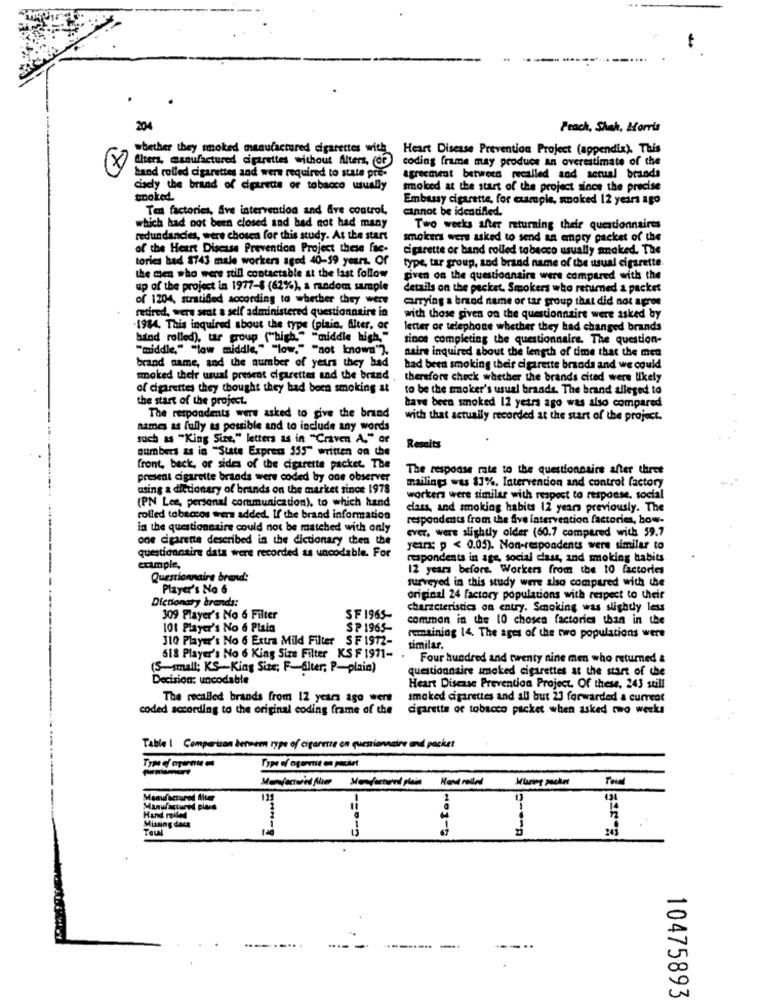
Peach, Shah, Morris
whether they smoked manufactured cigarettes with
Heart Disease Prevention Project (appendix). This
coding frame may produce an overestimate of the
x filters, manufactured ciparviles without filters, (or)
hand rolled cigarettes and were required to state pre-
agreement between recalled and actual brands
cisely the brand of cigarette of tobacco usually
smoked at the start of the project since the precise
smoked.
Embassy cigarette, for example, smoked 12 years ago
Ten factories, five intervention and Are control,
cannot be identified.
which had not been closed and bad not had many
Two weeks after returning their questionnaires
redundancies, were chosen for this study. At the start
smokers were asked to send an empty packet of the
of the Heart Disease Prevention Project these fue.
cigarette or band rolled tobacco usually smoked. The
tories had 8743 male workers aged 40-59 years. Of
type, tar group, sod brand name of the usual cigarette.
the men who were still contactable at the last follow
given on the questionnaire were compared with the
up of the project in 1977-6 (62%), a random sample
details on the packet. Smokers who returned a packet
of 1204, stratified according to whether they were
carrying a brand name or tar group that did not agree
retired, were sent a self administered questionnaire in
with those given on the questionnaire were asked by
.1984. This inquired about the type (plain, Alter, or
letter or telephone whether they had changed brands
buind rolled), tar group ("bigh." "middle high."
tinos completing the questionnaire. The question-
"middle," "low middle," "low." "not known"],
aaire inquired about the length of time that the men
brand name, and the number of years they had
had been smoking their cigarette brands and we could
smoked their usual present cigarettes and the brand
therefore check whether the brands cited were likely
of cigarettes they thought they had been smoking at
to be the smoker's usual brands. The brand alleged to
the start of the project.
have been smoked 12 years ago was also compared
The respondents were asked to give the brand
with that actually recorded at the start of the project.
names as fully as possible and to include any words
such as "King Size," letters as in "Craven A." or
numbers as in "State Express $55" written on the
Resaits
front, beck, or sides of the cigarette packet. The
The response rate to the questionnaire after three
present cigarette brands were coded by one observer
using a dictionary of brands on the market since 1978
mailing was 83%. Intervention and control factory
(PN Les, personal communication), to which hand
workers were similar with respect to response, social
class, and smoking habits 12 years previously. The
rolled tobaccos were added. If the brand information
respondents from the five intervention factories, how-
in the questionnaire could not be matched with only
ever, were slightly older (60.7 compared with 59.7
one dgarette described in the dictionary then the
questionnaire data were recorded as uncodable. For
years: p < 0.05). Non-respondents were similar to
respondents in age, social class, and smoking habits
example,
12 years before. Workers from the 10 factories
Questionnaire brand:
surveyed in this study were also compared with the
Player's No 6
Dictionary brands:
original 24 factory populations with respect to their
characteristics on entry. Smoking was slightly less
309 Player's No 6 Filter
SF 1965-
common in the 10 chosea factories than in the
101 Player's No 6 Plain
SP 1965-
310 Player's No 6 Extra Mild Filter SF 1972-
remaining 14. The ages of the two populations were
similar.
618 Player's No 6 King Size Filter KS F 1971-
Four hundred and twenty nine men who returned &
(Ssmall; KS-King Size; F-alter; P-plain)
questionnaire smoked cigarettes at the start of the
Decision: uncodable
Heart Disease Prevention Project, Of these, 243 still
The recalled brands from 12 years ago wert
smoked cigarettes and all but 23 forwarded a current
coded according to the original coding frame of the
cigarette of tobacco packet when asked two weeks
Table | Comparison between type of ciparesse on questionnaire and packet
Rent relled
115
Manufactured placa
Hand roiled
Missing deca
TeLal
10475893